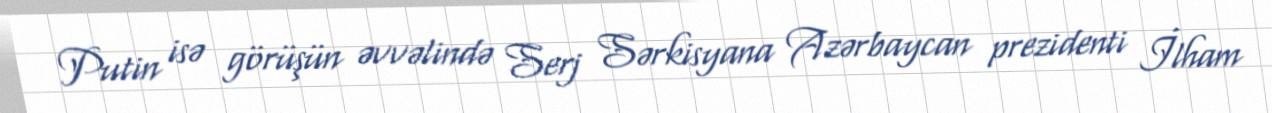
Putin isə görüşün əvvəlində Serj Sərkisyana Azərbaycan prezidenti İlham